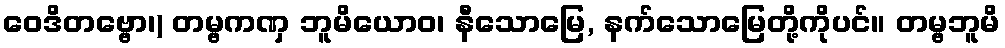
ဝေဒိတဗ္ဗော၊) တမ္ဗကဏှ ဘူမိယောဝ၊ နီသောမြေ, နက်သောမြေတို့ကိုပင်။ တမ္ဗဘူမိ